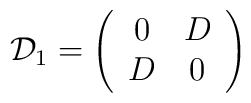
{\cal D}_{1} = \left(\begin{array}{cc}0 & D\\D & 0\end{array}\right)